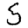
Digit: 5